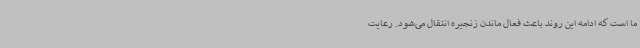
ما است که ادامه این روند باعث فعال ماندن زنجیره انتقال می‌شود. رعایت